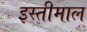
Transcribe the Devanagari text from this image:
इस्तीमाल